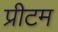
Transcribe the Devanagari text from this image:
प्रीटम